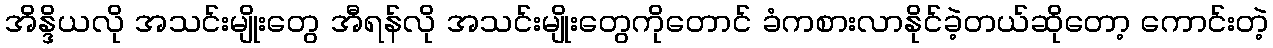
အိန္ဒိယလို အသင်းမျိုးတွေ အီရန်လို အသင်းမျိုးတွေကိုတောင် ခံကစားလာနိုင်ခဲ့တယ်ဆိုတော့ ကောင်းတဲ့